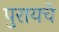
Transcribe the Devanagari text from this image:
पुरायचे